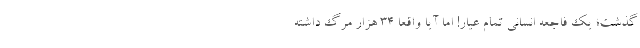
گذشت؛ یک فاجعه انسانی تمام عیار! اما آیا واقعاً 34 هزار مرگ داشته